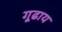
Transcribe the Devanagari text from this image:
गूढाय